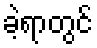
ခဲ့ရာတွင်